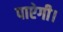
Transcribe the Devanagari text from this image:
पाऐगी।